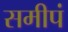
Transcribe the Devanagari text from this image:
समीपं